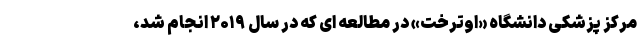
مرکز پزشکی دانشگاه «اوترخت» در مطالعه ای که در سال ۲۰۱۹ انجام شد،